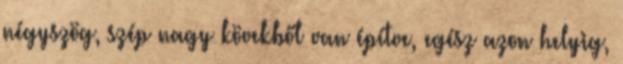
négyszög, szép nagy kövekből van építve, egész azon helyig,